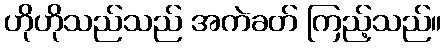
ဟိုဟိုသည်သည် အကဲခတ် ကြည့်သည်။